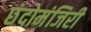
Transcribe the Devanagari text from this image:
छंदोमंजिरी